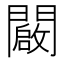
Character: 闙